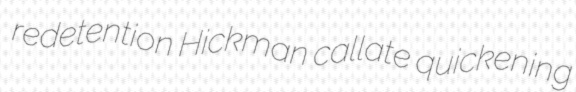
redetention Hickman callate quickening